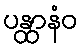
ပန္ထာနံဝ